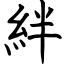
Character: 絆